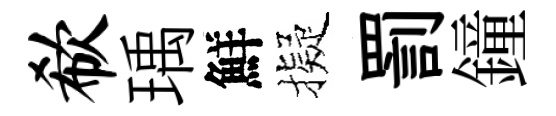
欷瑀鮮擬罰鐘